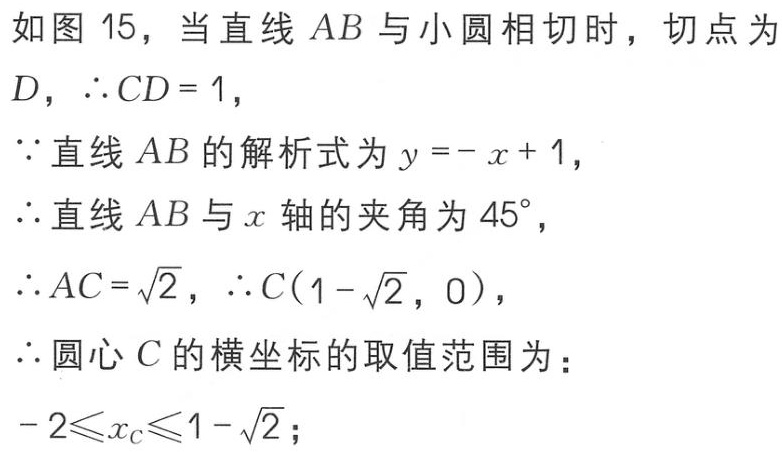
如图 15，当直线 \(AB\) 与小圆相切时，切点为
\(D\)，\(\therefore CD = 1\)，
\(\because\)直线 \(AB\) 的解析式为 \(y=-x + 1\)，
\(\therefore\)直线 \(AB\) 与 \(x\) 轴的夹角为 \(45^{\circ}\)，
\(\therefore AC=\sqrt{2}\)，\(\therefore C(1 - \sqrt{2},0)\)，
\(\therefore\)圆心 \(C\) 的横坐标的取值范围为：
\(-2\leqslant x_{C}\leqslant1-\sqrt{2}\)；